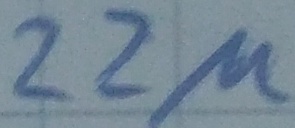
Text: 22µ